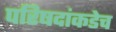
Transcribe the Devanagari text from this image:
परिषदांकडेच